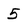
Character: 5